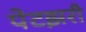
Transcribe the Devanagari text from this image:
पेटझरी